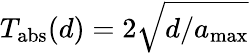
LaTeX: T_{\mathrm{abs}}(d)=2\sqrt{d/a_{\mathrm{max}}}